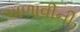
અળાવીની